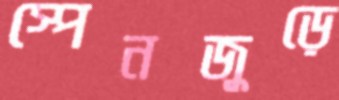
স্পেনজুড়ে